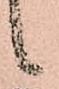
候